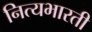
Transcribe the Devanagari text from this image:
नित्यभारती